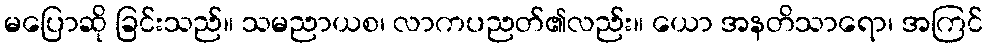
မပြောဆို ခြင်းသည်။ သမညာယစ၊ လာကပညတ်၏လည်း။ ယော အနတိသာရော၊ အကြင်